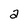
Character: 2